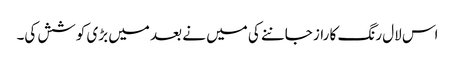
اس لال رنگ کا راز جاننے کی میں نے بعد میں بڑی کوشش کی۔